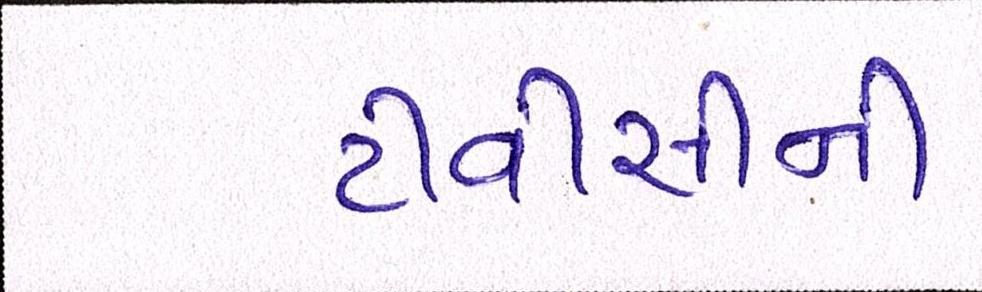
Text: ટીવીસીની